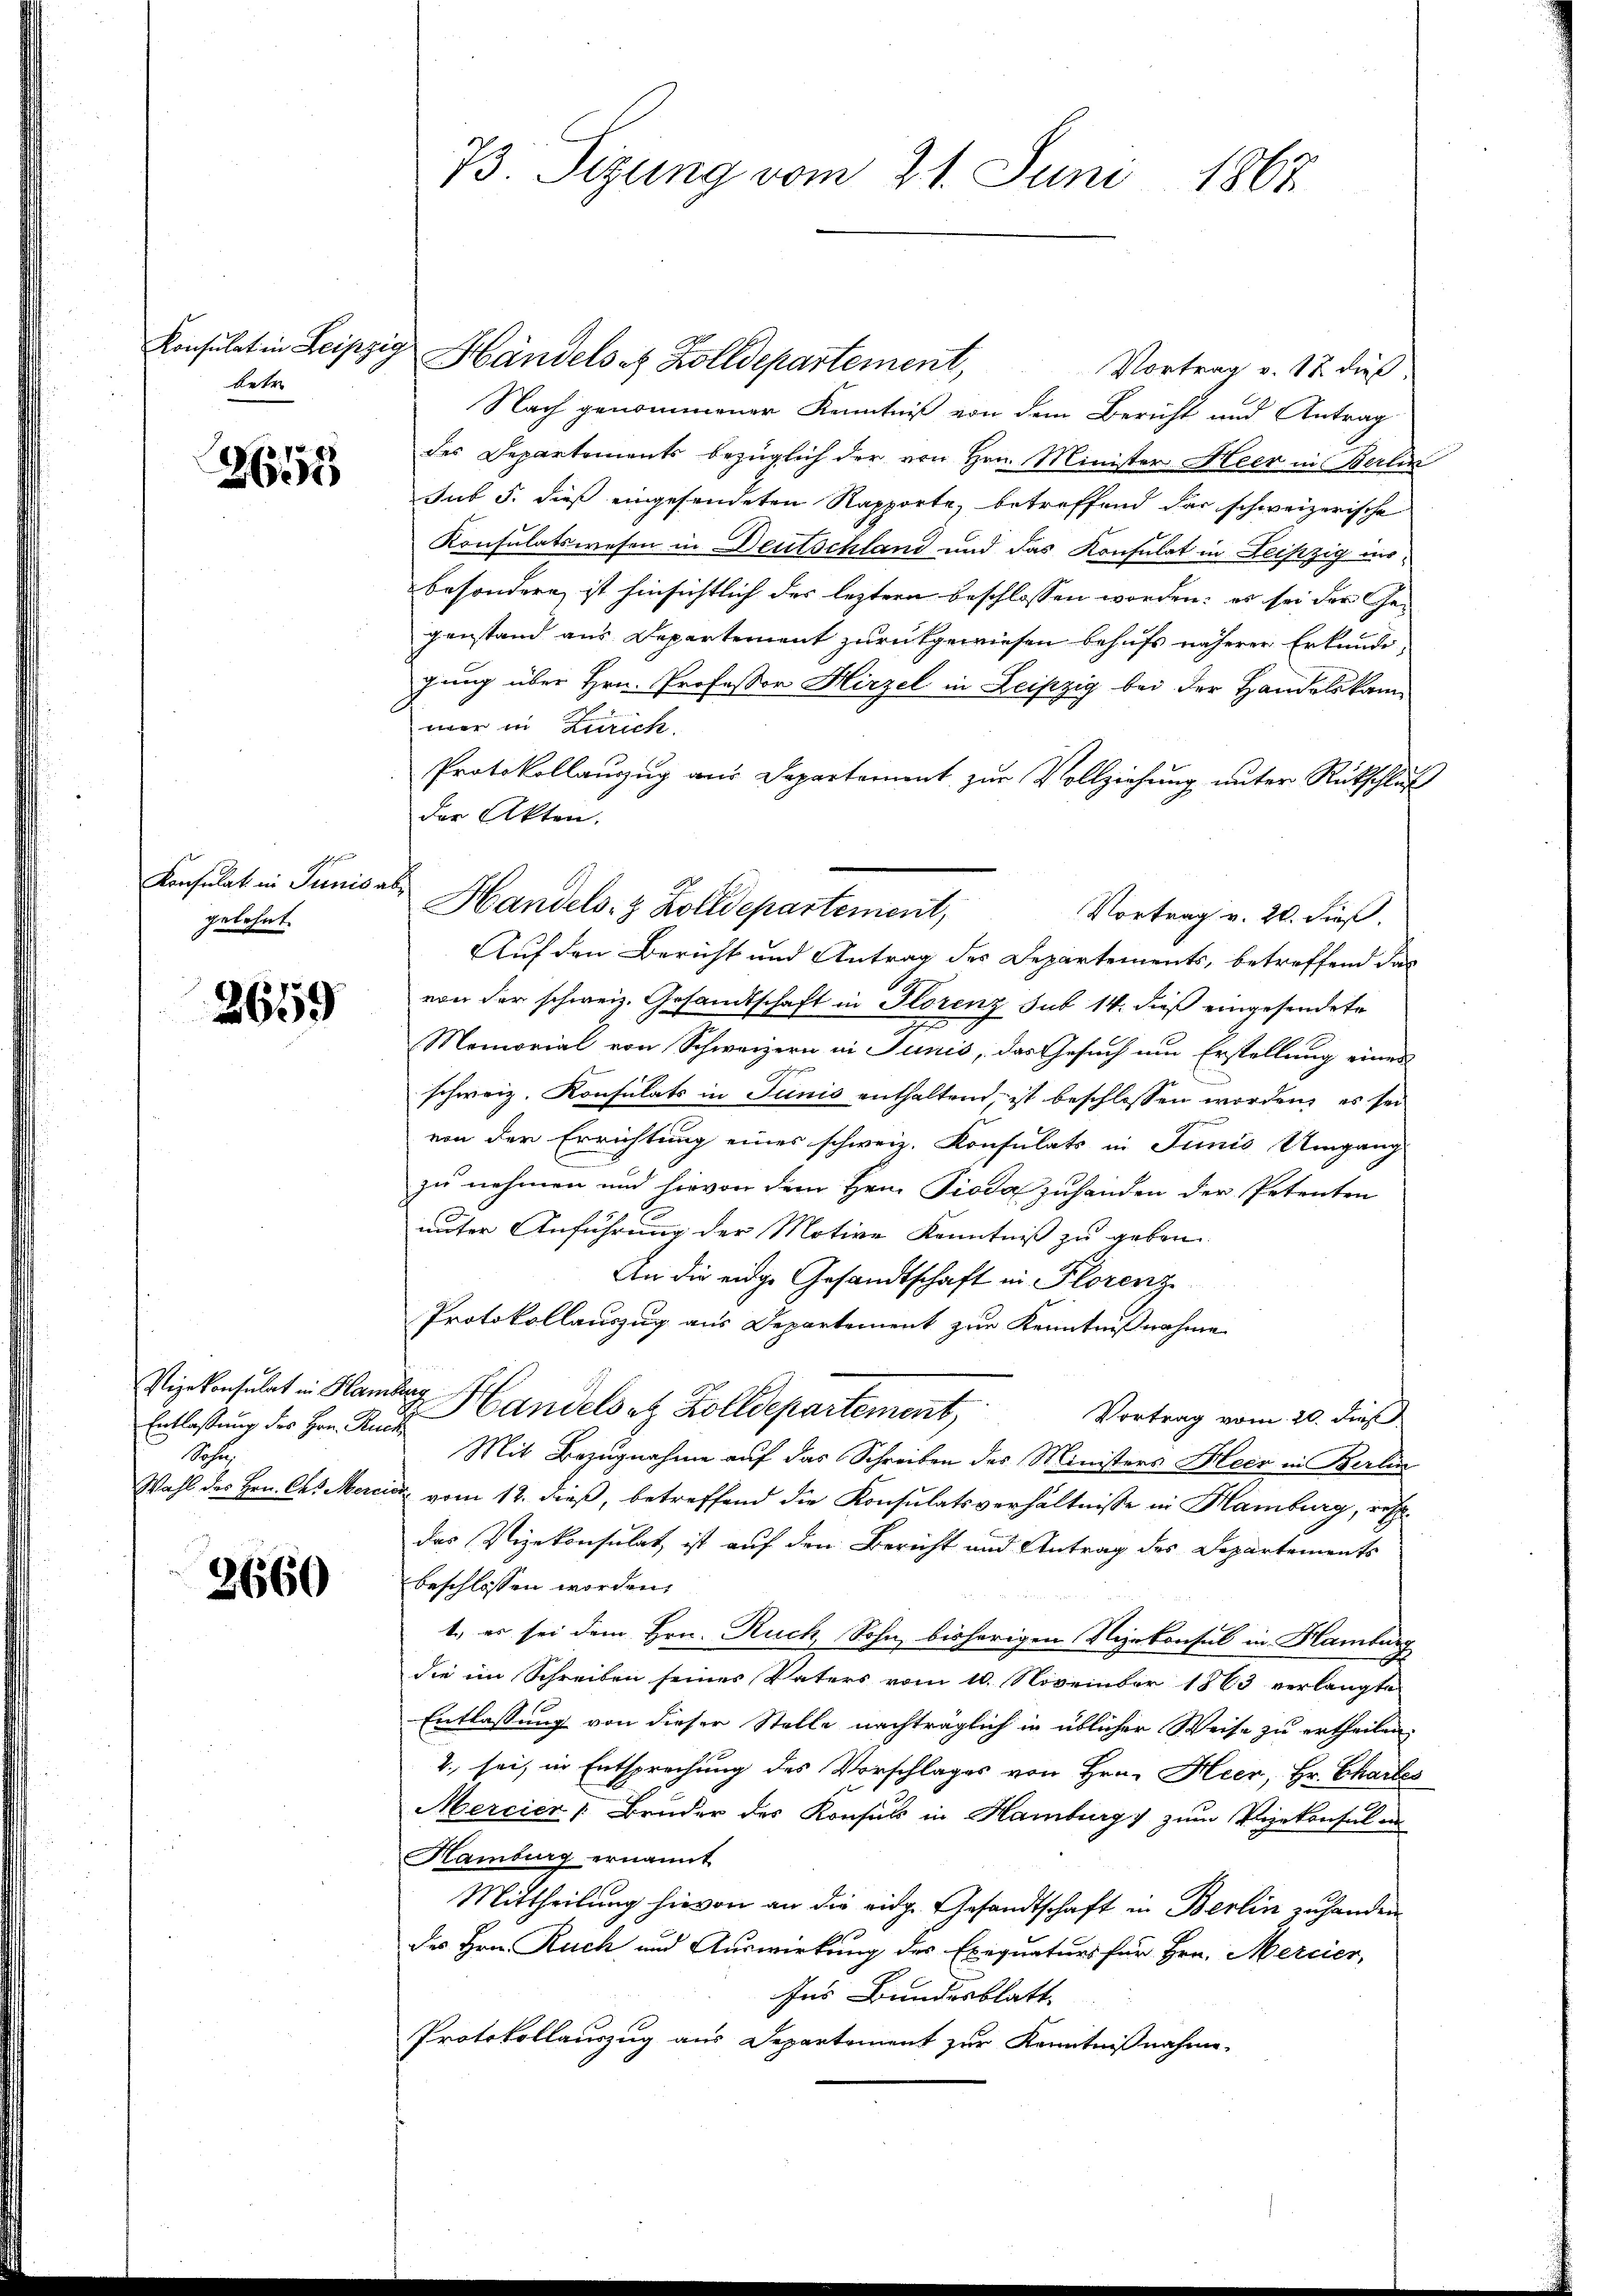
Konsulat in Leipzig
betr.

267

h
Konsulat in Junis abgelehnt.

2659

Vizekonsulat in Hamburg
Sohn,

3660

Händels es Zolldepartement,
Vortrag v. 18. dieß.
Nach genommener Kenntniß von dem Bericht und Antrag
des Departements bezüglich der von Hrn. Minister Heer in Berlin
sub 5. dieß eingesendeten Rapporte, betreffend das schweizerische
Konsulatswesen in Deutschland und das Konsulat in Leipzig unbesondere ist hinsichtlich des leztern beschlossen worden; es sei der Ge-
genstand aus Departement zurückgewiesen behufs näherer Erkundigung über Hrn. Professor Hirzel in Leipzig bei der Handelskammer in Zürich.
Protokollauszug aus Departement zur Vollziehung unter Rückschluß
der Akten.
Auf den Bericht und Antrag des Departements, betreffend das
von der schweiz. Gesandtschaft in Florenz sub 14. dieß eingesendete
Memorial von Schweizern in Junis, das Gesuch um Erstellung eines
schweiz. Konsulats in Junis enthaltend, ist beschlossen worden, es sei
von der Errichtung eines schweiz. Konsulats in Junis Umgang
zu nehmen und hievon dem Hrn. Pioda zuhänden der Petenten
unter Anführung der Motive Kenntniß zu geben
An die eidge Gesandtschaft in Florenze
Protokollauszug aus Departement zur Kenntnißnahme
Entlaßung des Hrn. Zu Handels etz. Zolldepartement,
Vortrag vom 20. dieß
Mit Bezugnahme auf das Schreiben des Ministers Heer in Berlin
Wahl der Hrn. Ch. Mercice vom 18. dieß, betreffend die Konsulatsverhältnisse in Hamburg, re
das Vizekonsulat, ist auf den Bericht und Antrag des Departements
beschlossen worden.
1., es sei dem Hrn. Ruch, Sohn bisherigen Vizekonsul in Hamburg
die im Schreiben seines Vaters vom 10. November 1863 verlangte
Entlassung von dieser Stelle nachträglich in üblicher Weise zu ertheilen.
2. sei, in Entsprechung des Vorschlages von Hrn. Heer, Hr. Chartes
Mercier, Bruder des Konsuls in Hamburg zum Vizekonsul in
Hamburg ernannt
Mittheilung hievon an die eidg. Gesandtschaft in Berlin zu handen
des Hrn. Ruch und Auswirkung des Exequaturs für Hrn. Mercier,
Ins Bundesblatt.
Protokollauszug aus Departement zur Kenntnißnahme

73. Sizung vom 21. Juni 1867

Handels- & Zolldepartement,
Vortrag v. 20. dieß.